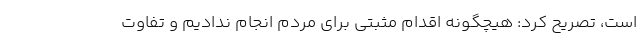
است، تصریح کرد: هیچگونه اقدام مثبتی برای مردم انجام ندادیم و تفاوت